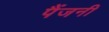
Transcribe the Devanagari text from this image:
पैंजनी